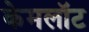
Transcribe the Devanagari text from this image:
केमलॉट